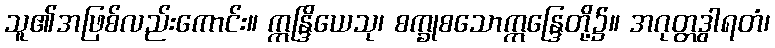
သူ၏အဖြစ်လည်းကောင်း။ ဣန္ဒြိယေသု၊ စက္ခုစသောဣန္ဒြေတို့၌။ အဂုတ္တဒွါရတံ၊